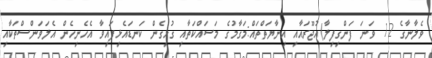
ވެލާނާގެ 12 ވަނަ ފަންގިފިލާ)އުޖޫރައާއި އިނާޔަތްތައް:މަގާމުގެ މަސައްކަތާއި ގުޅިގެން ކަނޑައެޅިފައިވާ އެހެނިހެން އެލަވަންސްތަކާއި